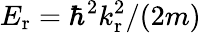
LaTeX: E_{\mathrm r}=\hbar^{2}k_{\mathrm r}^{2}/(2m)